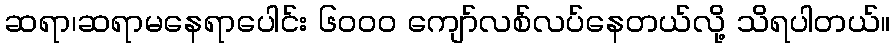
ဆရာ၊ဆရာမနေရာပေါင်း ၆၀၀၀ ကျော်လစ်လပ်နေတယ်လို့ သိရပါတယ်။